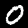
Digit: 0